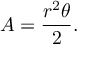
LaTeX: A = { \frac { r ^ { 2 } \theta } { 2 } } .